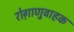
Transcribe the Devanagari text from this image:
रोग़ाणुवाहक